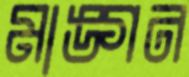
মাঙ্গন